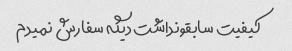
کیفیت سابقونداشت دیگه سفارش نمیدم